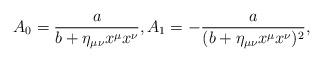
LaTeX: \begin{align*} A_0=\frac{a}{b+\eta_{\mu\nu}x^\mu x^\nu},A_1=-\frac{a}{(b+\eta_{\mu\nu}x^\mu x^\nu)^2},\end{align*}